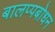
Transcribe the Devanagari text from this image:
बालप्पबोधन